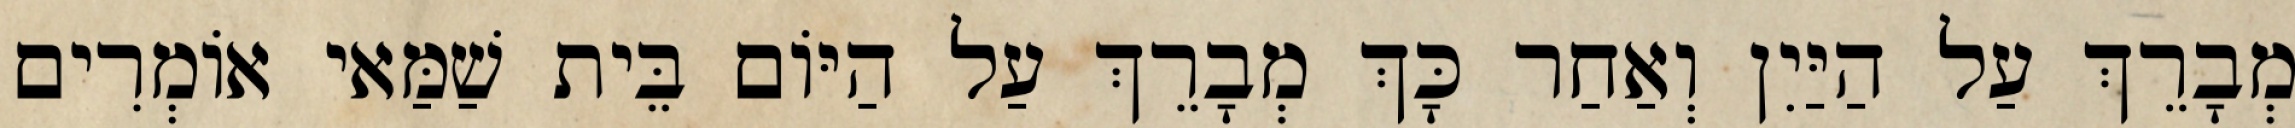
מְבָרֵךְ עַל הַיַּיִן וְאַחַר כָּךְ מְבָרֵךְ עַל הַיּוֹם בֵּית שַׁמַּאי אוֹמְרִים